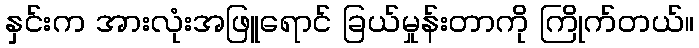
နှင်းက အားလုံးအဖြူရောင် ခြယ်မှုန်းတာကို ကြိုက်တယ်။